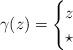
LaTeX: \begin{align*}\gamma(z) = \begin{cases} z & \\ \star & \\\end{cases}\end{align*}